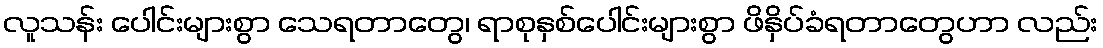
လူသန်း ပေါင်းများစွာ သေရတာတွေ၊ ရာစုနှစ်ပေါင်းများစွာ ဖိနှိပ်ခံရတာတွေဟာ လည်း